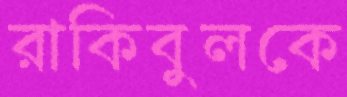
রাকিবুলকে